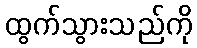
ထွက်သွားသည်ကို